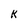
Character: k